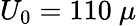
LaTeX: U_{0}=110\ \mu